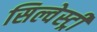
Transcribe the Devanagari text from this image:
सिल्वेस्ट्री